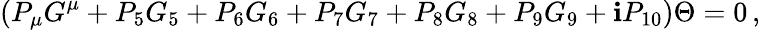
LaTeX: \left(P_{\mu}G^{\mu}+P_{5}G_{5}+P_{6}G_{6}+P_{7}G_{7}+P_{8}G_{8}+P_{9}G_{9}+\mathbf{i}P_{10}\right)\Theta=0\, ,